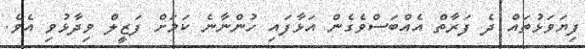
ފިޔަވަޅުތައް ދެ ފަރާތް އެއްބަސްވެގެން އަޅާފައި ހުންނާނެ ކަމަށް ފަޒީލް ވިދާޅުވި އެވެ.